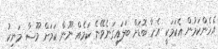
އެހެންކަމުން އެކަމަކީ އެހާ ބޮޑަށް ބަލައިގަނެވޭނެ ކަމެއް ނޫން ކަމަށް މޫސާ މަނިކު